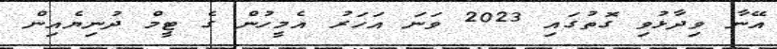
އޭނާ ވިދާޅުވި ގޮތުގައި 2023 ވަނަ އަހަރު އެމީހުން ގެ ޓީމް ދުނިޔެއިން